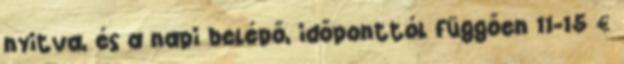
nyitva, és a napi belépő, időponttól függően 11-15 €